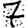
Digit: 7